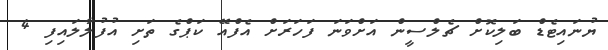
ޔުނައިޓެޑް ބަލިކޮށް ޗެލްސީން އަށްވަނަ ފަހަރަށް އެފްއޭ ކަޕްގެ ތަށި އުފުލާލައިފި 4